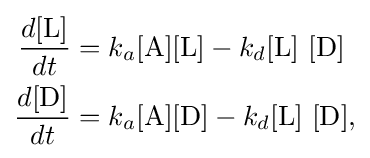
{\begin{aligned}{\frac {d[{\ce {L}}]}{dt}}&=k_{a}[{\ce {A}}][{\ce {L}}]-k_{d}{[\mathrm {L} ]~[\mathrm {D} ]}\\{\frac {d[{\ce {D}}]}{dt}}&=k_{a}[{\ce {A}}][{\ce {D}}]-k_{d}{[\mathrm {L} ]~[\mathrm {D} ]},\end{aligned}}